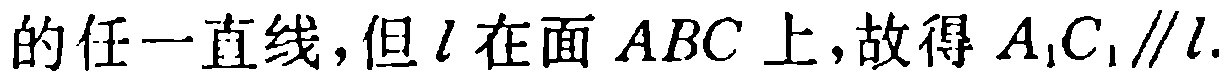
的任一直线,但\(l\)在面\(ABC\)上,故得\(A_{1}C_{1}\parallel l\).